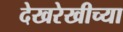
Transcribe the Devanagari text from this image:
देखरेखीच्या